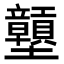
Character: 𡔕